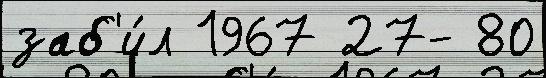
заб'и́л 1967 27- 80